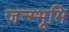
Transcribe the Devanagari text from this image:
जन्म्भूमि